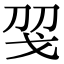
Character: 𢦝